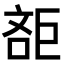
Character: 𣁔